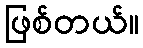
ဖြစ်တယ်။